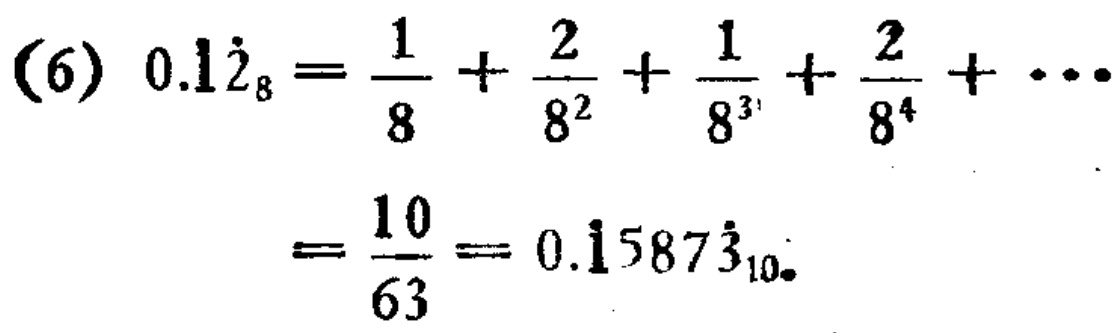
\[(6) 0.1\dot{2}_8=\frac{1}{8}+\frac{2}{8^{2}}+\frac{1}{8^{3}}+\frac{2}{8^{4}}+\cdots=\frac{10}{63}=0.\dot{1}587\dot{3}_{10}\]